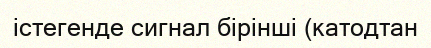
істегенде сигнал бірінші (катодтан